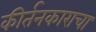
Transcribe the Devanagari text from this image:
कीर्तनकाराचा